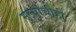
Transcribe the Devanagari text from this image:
मूल्यांचीही